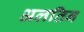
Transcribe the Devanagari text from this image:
अलतिन